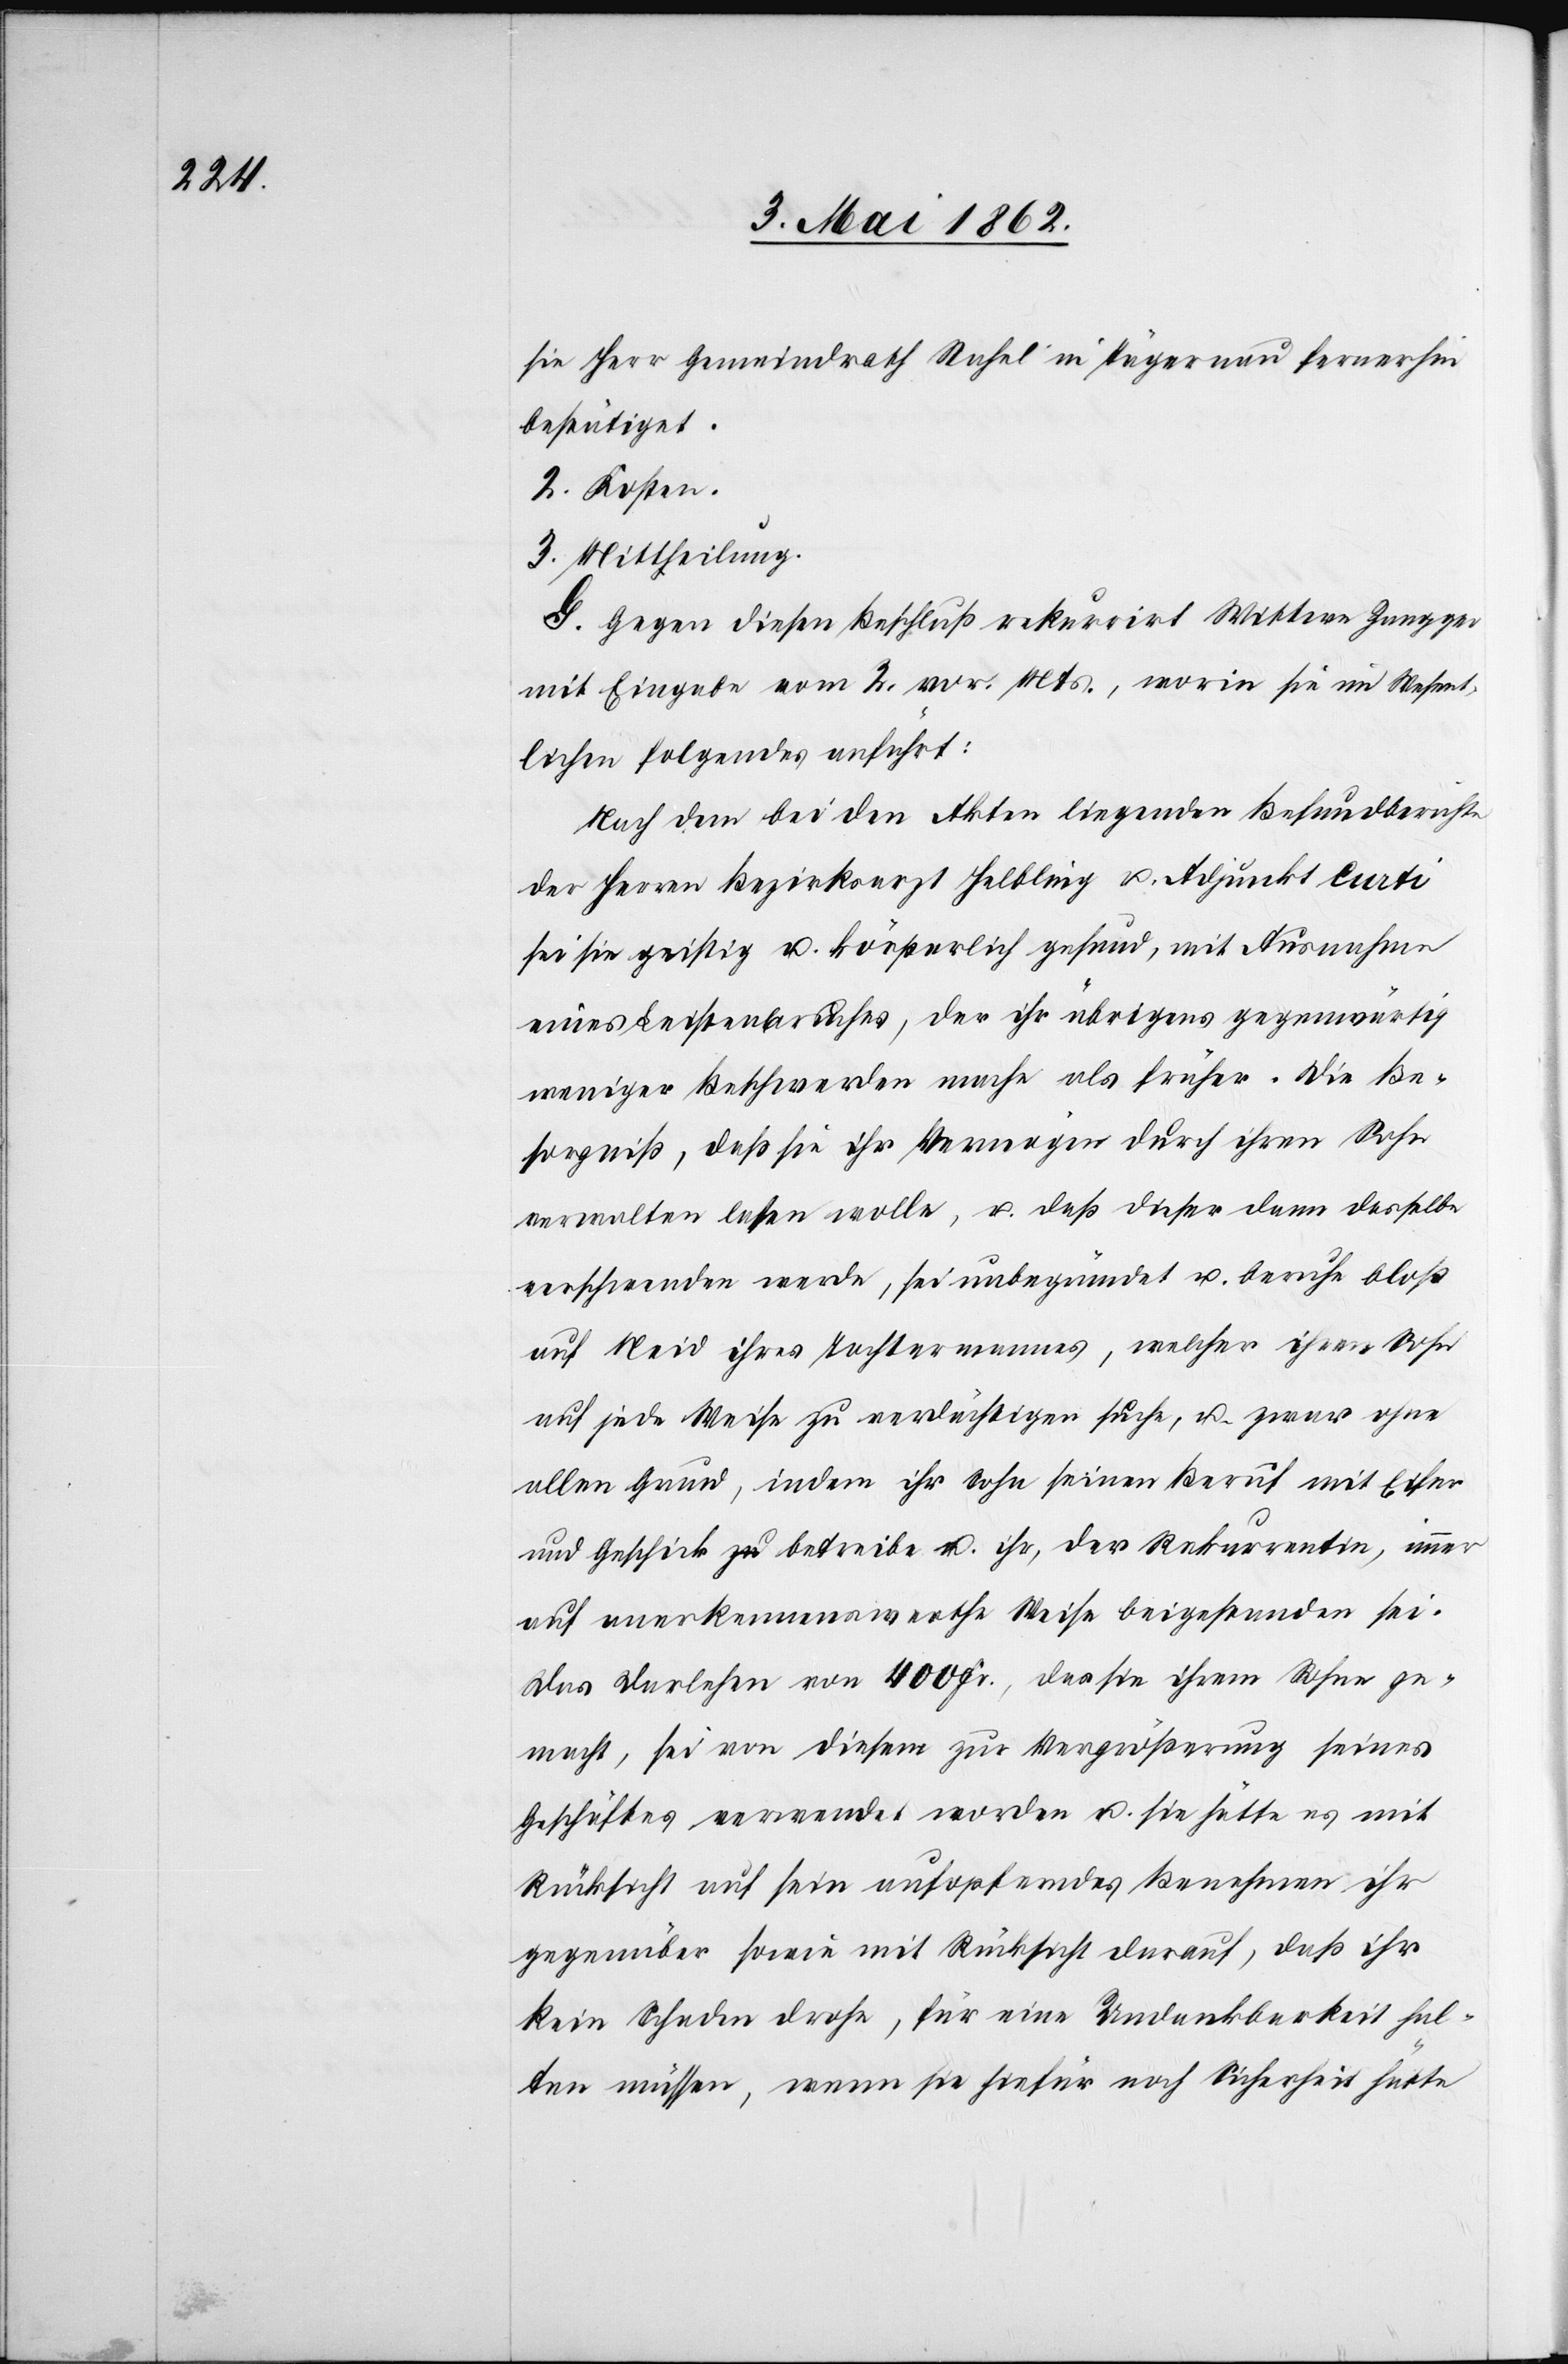
sie Herr Gemeindrath Stahel in Tägernau fernerhin
bestätiget.
2. Kosten.
3. Mittheilung.
G. Gegen diesen Beschluß rekurrirt Wittwe Zangger
mit Eingabe vom 2. vor. Mts., worin sie im Wesent¬
lichen folgendes anführt:
Nach dem bei den Akten liegenden Befundberichte
der Herren Bezirksarzt Helbling u. Adjunkt Curti
sei sie geistig u. körperlich gesund, mit Ausnahme
eines Leistenbruches, der ihr übrigens gegenwärtig
weniger Beschwerden mache als früher. Die Be¬
sorgniß, daß sie ihr Vermögen durch ihren Sohn
verwalten lassen wolle, u. daß dieser dann dasselbe
verschwenden werde, sei unbegründet u. beruhe bloß
auf Neid ihres Tochtermanns, welcher ihren Sohn
auf jede Weise zu verdächtigen suche, u. zwar ohne
allen Grund, indem ihr Sohn seinen Beruf mit Eifer
und Geschick betreibe u. ihr, der Rekurrrentin, immer
auf anerkennenswerthe Weise beigestanden sei.
Das Darlehen von 400 Fr., das sie ihrem Sohne ge¬
macht, sei von diesem zur Vergrößerung seines
Geschäftes verwendet worden u., sie hätte es mit
Rücksicht auf sein aufopferndes Benehmen ihr
gegenüber sowie mit Rücksicht darauf, daß ihr
kein Schaden drohe, für eine Undankbarkeit hal¬
ten müssen, wenn sie hiefür noch Sicherheit hätte